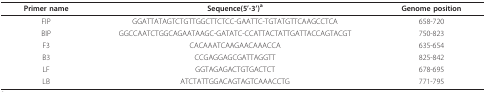
<table><thead><tr><td><b>Primer name</b></td><td><b>Sequence(5&#x27;-3&#x27;)<sup>a</sup></b></td><td><b>Genome position</b></td></tr></thead><tbody><tr><td>FIP</td><td>GGATTATAGTCTGTTGGCTTCTCC-GAATTC-TGTATGTTCAAGCCTCA</td><td>658-720</td></tr><tr><td>BIP</td><td>GGCCAATCTGGCAGAATAAGC-GATATC-CCATTACTATTGATTACCAGTACGT</td><td>750-823</td></tr><tr><td>F3</td><td>CACAAATCAAGAACAAACCA</td><td>635-654</td></tr><tr><td>B3</td><td>CCGAGGAGCGATTAGGTT</td><td>825-842</td></tr><tr><td>LF</td><td>GGTAGAGACTGTGACTCT</td><td>678-695</td></tr><tr><td>LB</td><td>ATCTATTGGACAGTAGTCAAACCTG</td><td>771-795</td></tr></tbody></table>